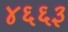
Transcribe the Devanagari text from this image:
४६६३